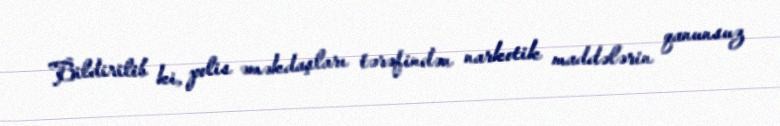
Bildirilib ki, polis əməkdaşları tərəfindən narkotik maddələrin qanunsuz